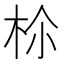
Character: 𣐐